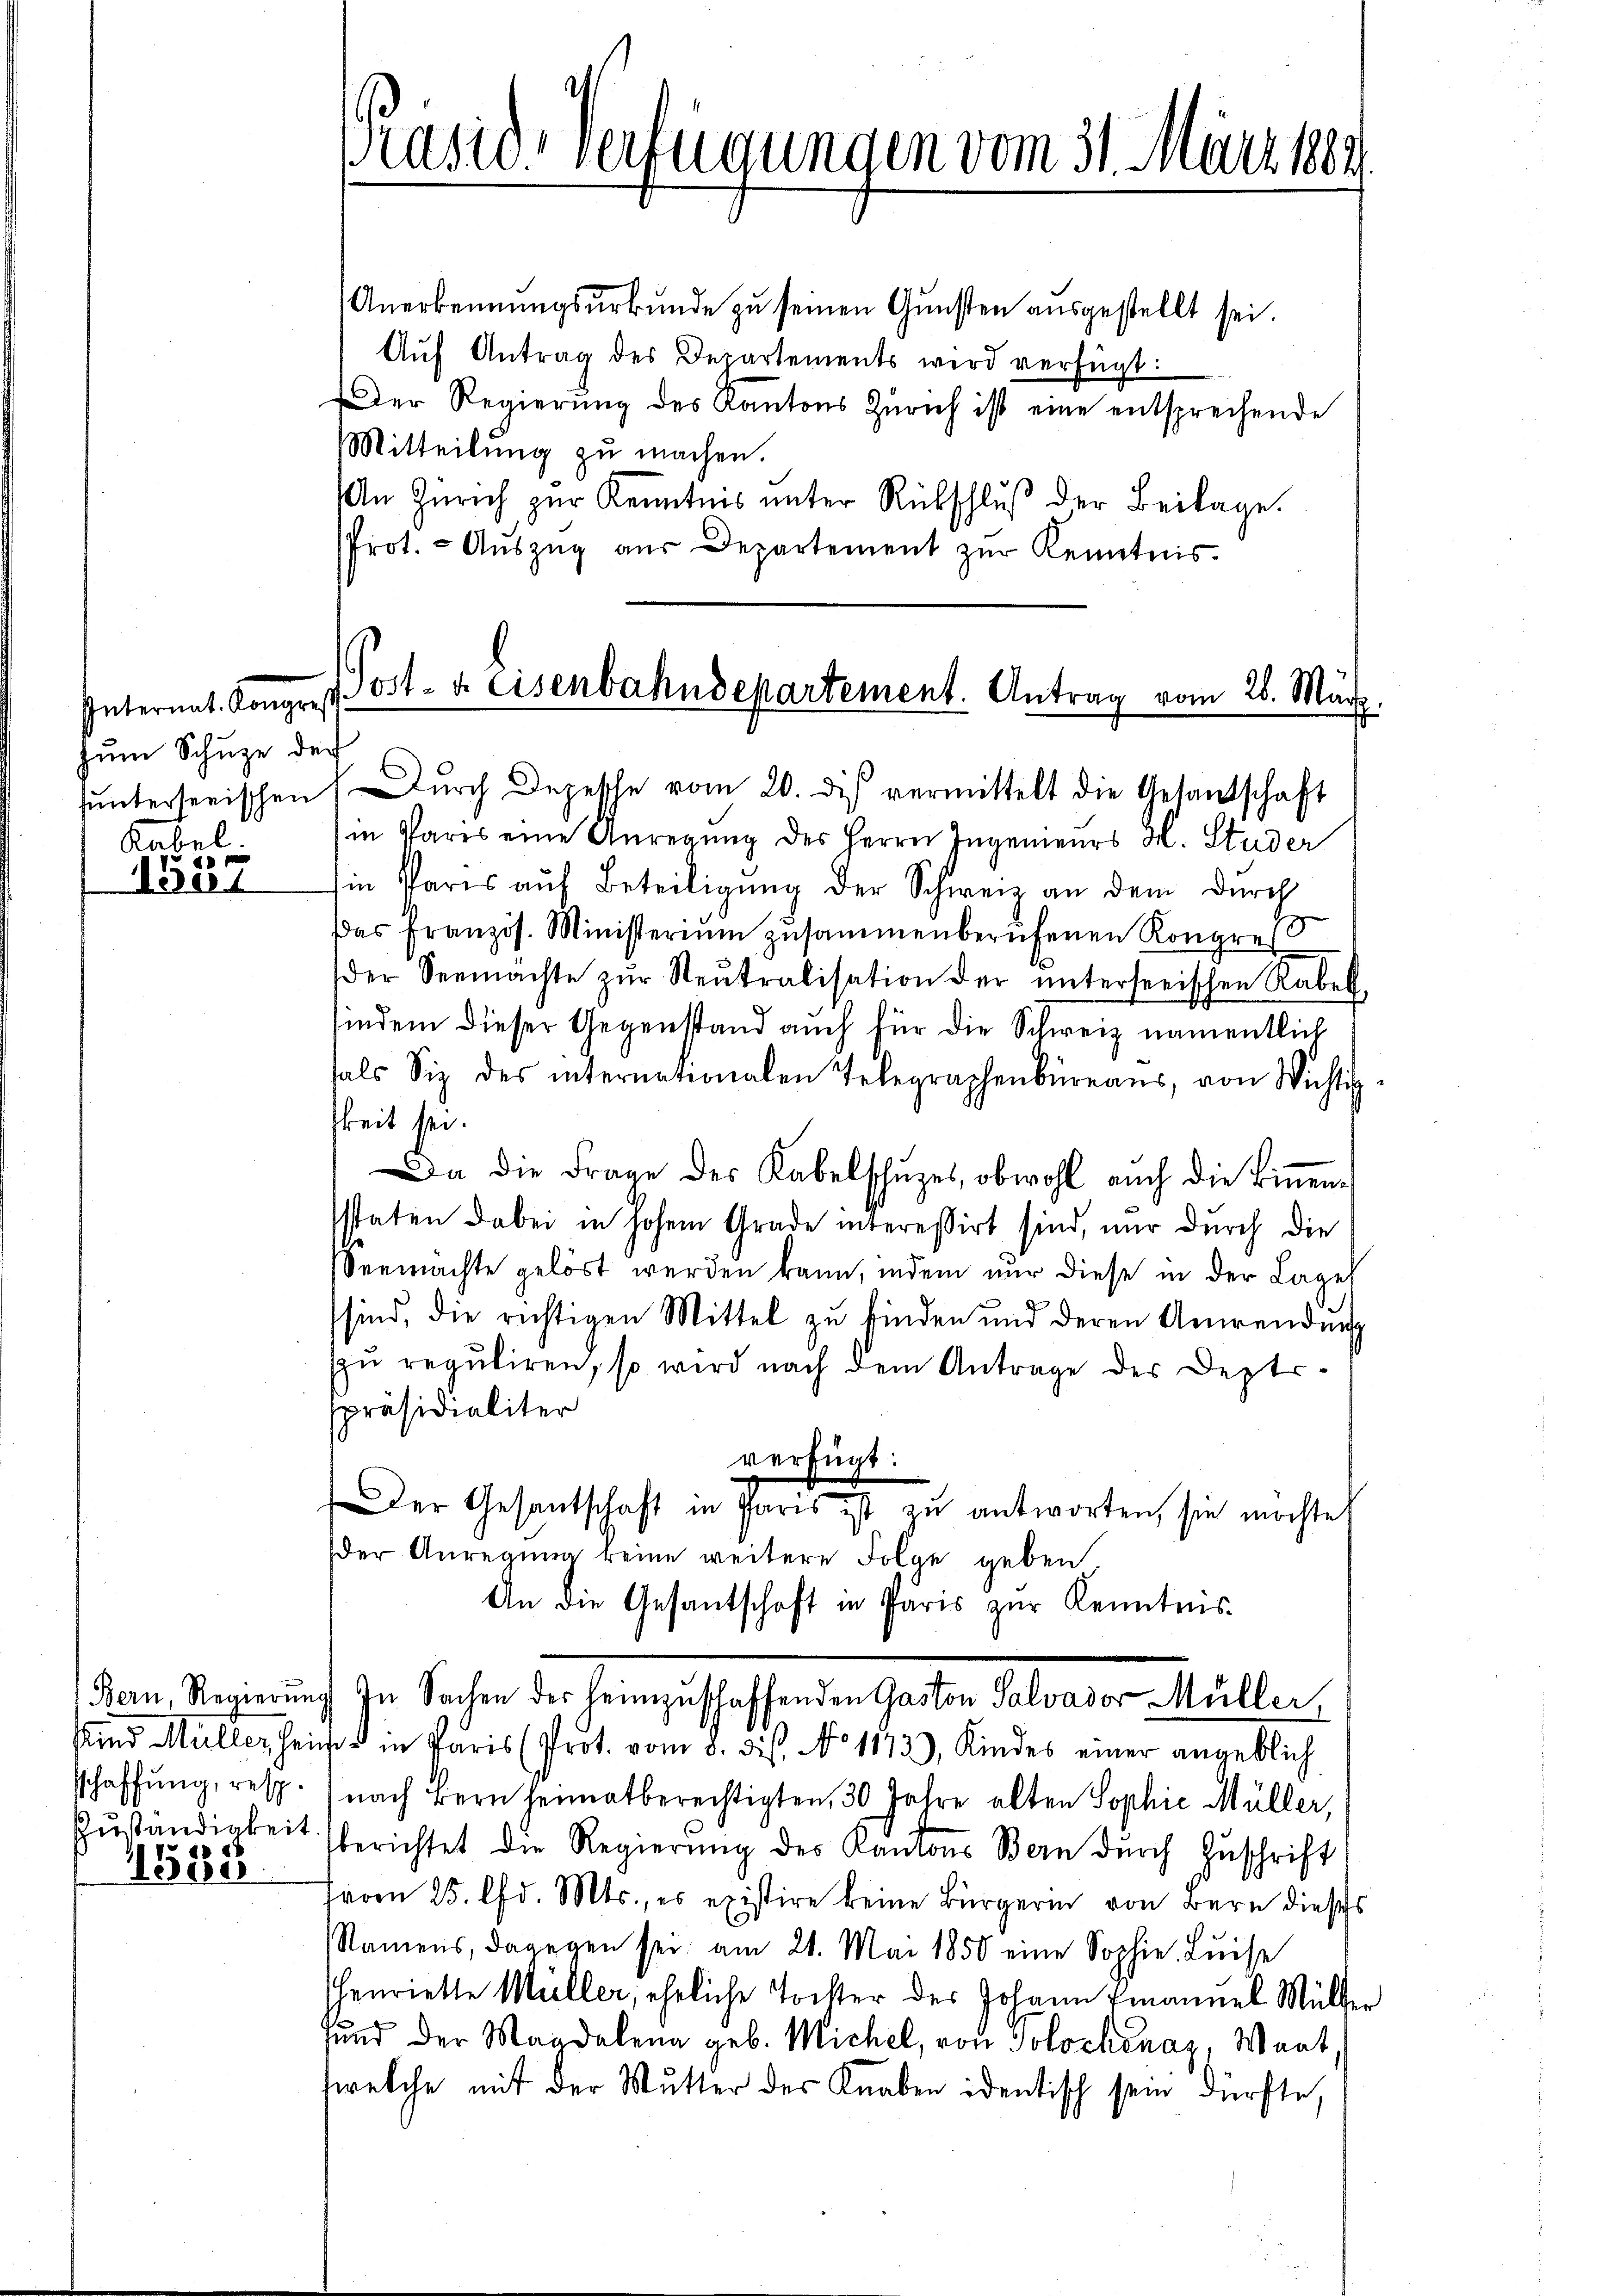
Internat. Kongress
zŭm Schuze der
Kabel.

1557

Bern, Regierung
sund Müller hei
sschaffung, resp.
Zuständigkeit
e
1508

Prasie-Verfügungen vom 31. März 1889

Anerkennŭngsŭrkŭnde zŭ seinen Gŭnsten aŭsgestellt sei.
Aŭf Antrag des Departements wird verfügt:
Der Regierŭng des Kantons Zürich ist eine entsprechende
Mitteilung zu machen.
An Zürich zŭr Kenntnis ŭnter Rückschlŭβ der Beilage.
Prot. - Aŭszŭg aŭs Departement zŭr Kenntnis.

Jost- u. Eisenbahndepartement. Antrag vom 28. März.
ŭnterseeischen Dŭrch Depesche vom 20. di vermittelt die Gesandschaft

in Pares eine Anregung des Herrn Ingenieurs H. Studer
in Paris aŭf Beteiligŭng der Schweiz an dem durch
Das französ. Ministerium zusammenberufenen Kongres
der Seemächte zŭr Neŭtralisation der ŭnterseeischen Rabel
indem dieser Gegenstand auch für die Schweiz namentlich
als Siz des internationalen Telegraphenbüreaŭs, von Wichtig
gkeit sei.
Da die Frage des Kabelschŭzes, obwohl auch die Binnen-
sstaten dabei in hohem Grade interessirt sind, nur durch die
Seemachte gelöst werden kann, indem nur diese in der Lage
sind, die richtigen Mittel zu finden und deren Anwendung
zŭ reguliren, so wird nach dem Antrage der Depts-
spräsidialiter
Der Gesandtschaft in Paris ist zu antworten, sie möchte,
er Anregung keine weitere Folge geben
An die Gesantschaft in Paris zŭr Kenntnis
In Sachen der heimzuschaffenden Gaston Salvador Müller,
od in Paris (Prot. vom 8. ds. No 1173), Kindes einer angeblich
nach Bern heimatberechtigten, 30 Jahre alten Sophie Müller,
berichtet die Regierung des Kantons Bern durch Zuschrift
Froon 25. lfd. Mts., es existire keine Bürgerin von Bern dieses
Namens, dagegen sei, am 21. Mai 1850 eine Sophie Luise
schenriette Müller, eheliche Tochter des Johann Emanuel Müller
und der Magdalena geb. Michel, von Solochenaz, Wart
welche mit der Mutter des Knaben identisch sein dürfte,

verfügt: